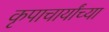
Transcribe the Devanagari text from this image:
कृपाचार्यांच्या